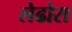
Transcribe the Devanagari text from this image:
लेढोरा